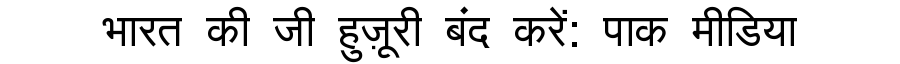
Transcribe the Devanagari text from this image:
भारत की जी हुज़ूरी बंद करें: पाक मीडिया